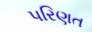
પરિણત